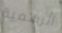
الرسمية